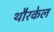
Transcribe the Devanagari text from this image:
थौरकेल